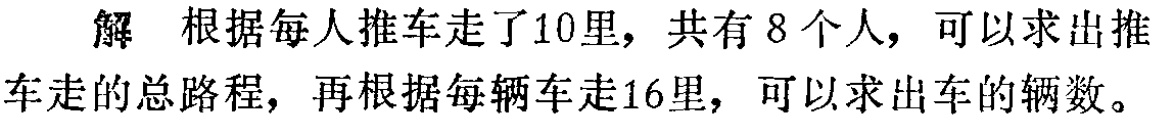
解 根据每人推车走了10里，共有8个人，可以求出推车走的总路程，再根据每辆车走16里，可以求出车的辆数。